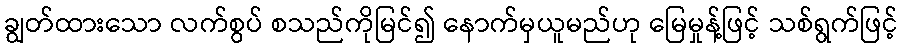
ချွတ်ထားသော လက်စွပ် စသည်ကိုမြင်၍ နောက်မှယူမည်ဟု မြေမှုန့်ဖြင့် သစ်ရွက်ဖြင့်